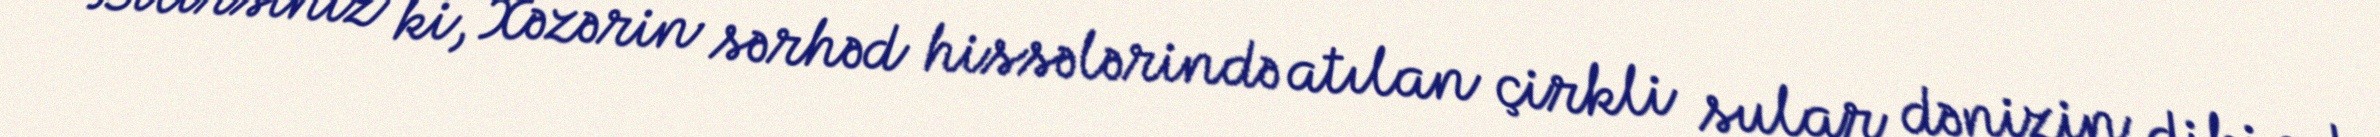
Bilirsiniz ki, Xəzərin sərhəd hissələrində atılan çirkli sular dənizin dibində